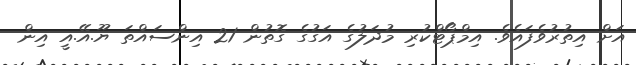
އަށް އިތުރުވެފައެވެ. އިމްޕޯޓްކުރި މުދަލުގެ އަގުގެ ގޮތުން 21 އިންސައްތަ ޔޫ.އޭ.އީ އިން